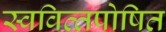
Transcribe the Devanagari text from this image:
स्‍ववित्‍तपोषित